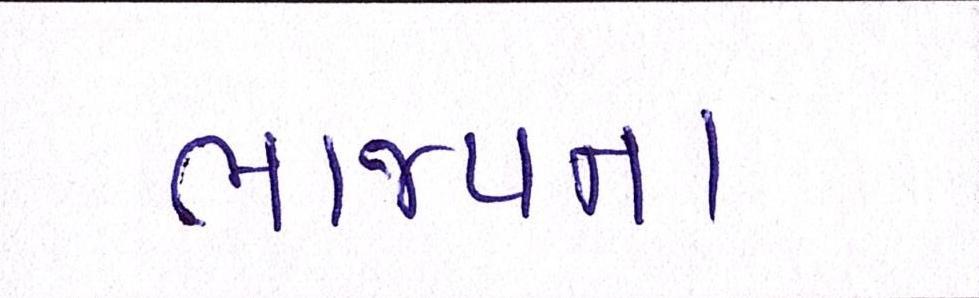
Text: ભાજપના